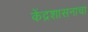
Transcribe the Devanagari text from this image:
केंद्रशासनाचा